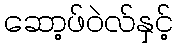
ဆော့ဖ်ဝဲလ်နှင့်